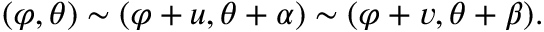
( \varphi , \theta ) \sim ( \varphi + u , \theta + \alpha ) \sim ( \varphi + v , \theta + \beta ) .